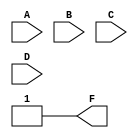
module PrimeImplicants (
    input wire A,
    input wire B,
    input wire C,
    input wire D,
    output wire F
);

// Define the minterms for the function
// Example: Minterms for F = A'B'C'D' + A'B'C'D + A'BC'D + AB'C'D
// Minterms: 0, 1, 2, 8 (in decimal)
wire [15:0] minterms = 16'b0000000000001101; // Minterm 0, 1, 2, 8
wire [15:0] dont_cares = 16'b0000000000000000; // No don't care conditions

// Intermediate signals for prime implicants
wire [15:0] prime_implicants;

// Determine prime implicants based on minterms
assign prime_implicants[0] = minterms[0]; // A'B'C'D'
assign prime_implicants[1] = minterms[1]; // A'B'C'D
assign prime_implicants[2] = minterms[2]; // A'BC'D
assign prime_implicants[8] = minterms[8]; // AB'C'D

// Combine prime implicants to form the final output
assign F = prime_implicants[0] | prime_implicants[1] | prime_implicants[2] | prime_implicants[8];

endmodule